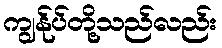
ကျွန်ုပ်တို့သည်လည်း